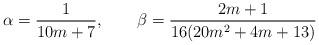
LaTeX: \begin{align*} \alpha=\frac{1}{10m+7},\qquad\beta=\frac{2m+1}{16(20m^2+4m+13)} \end{align*}